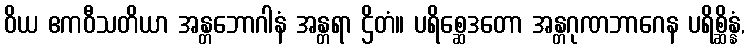
ဝိယ ဧကဝီသတိယာ အန္တဘောဂါနံ အန္တရာ ဌိတံ။ ပရိစ္ဆေဒတော အန္တဂုဏဘာဂေန ပရိစ္ဆိန္နံ,